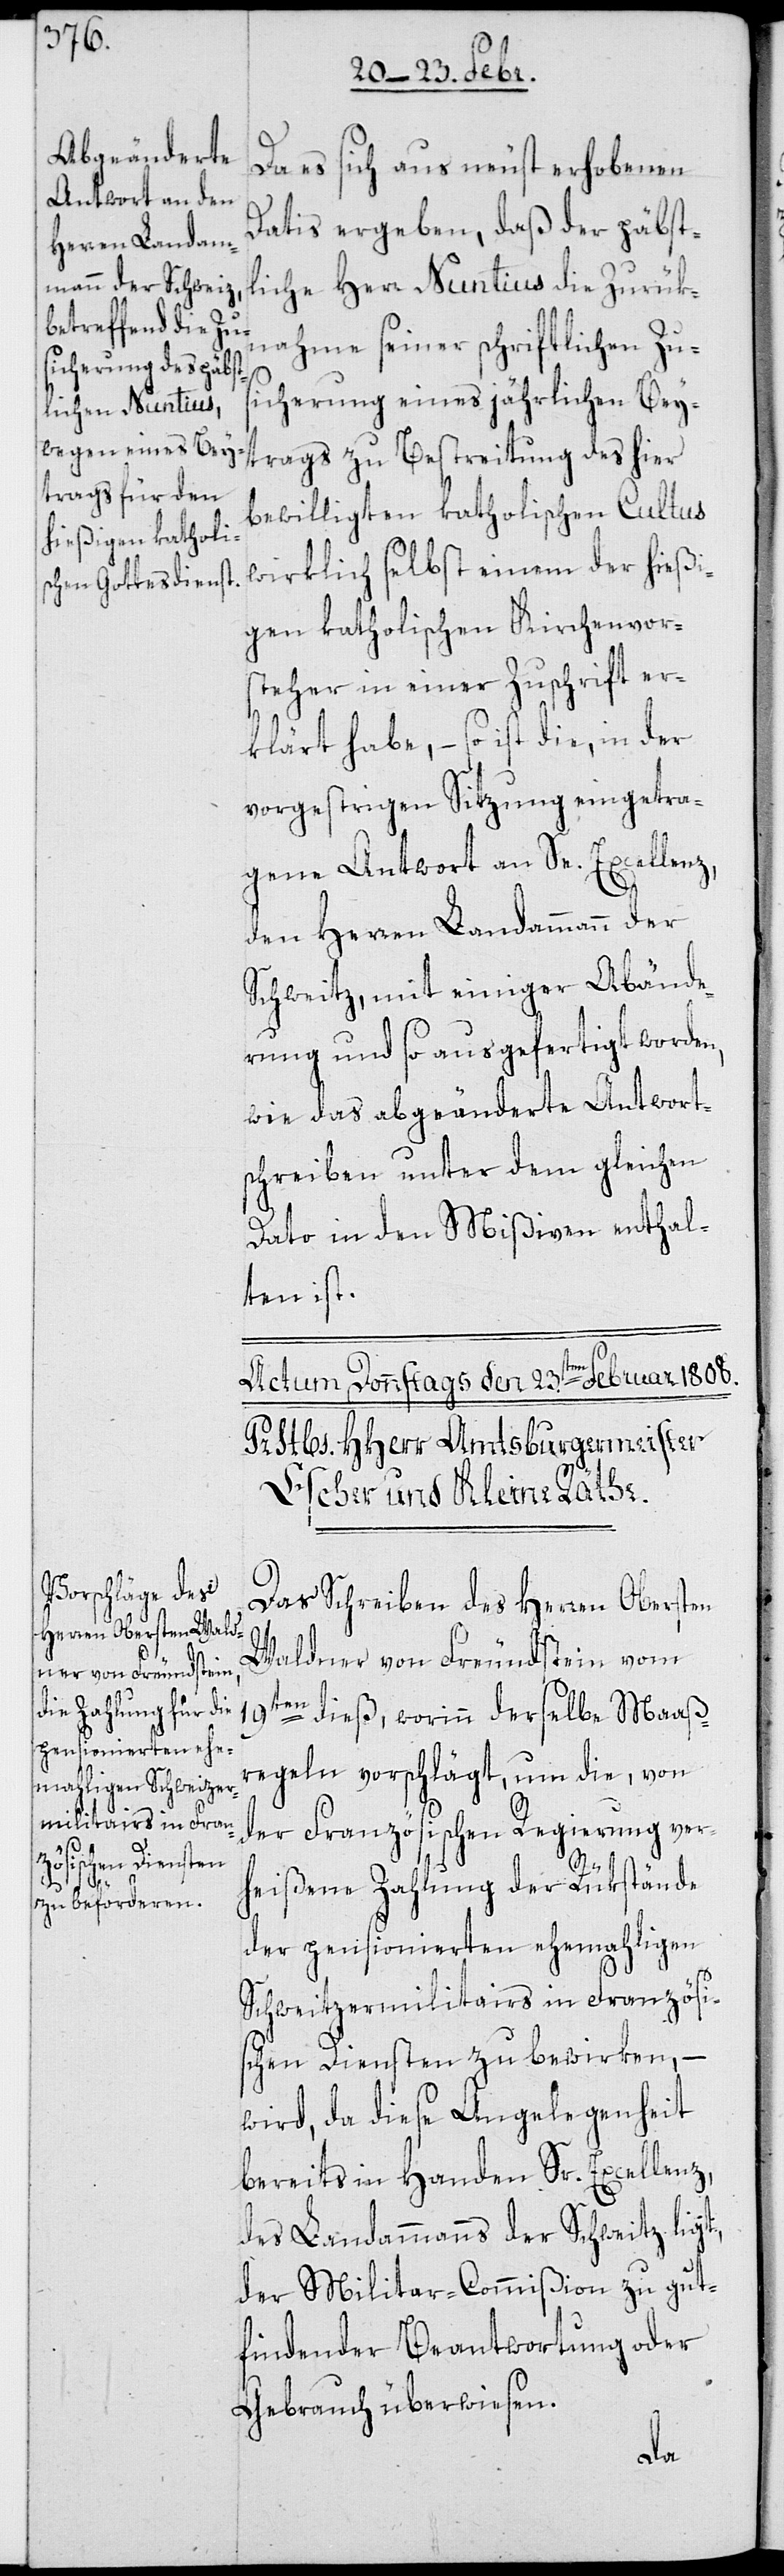
Da es sich aus neust erhobenen
Datis ergebe, daß der päbst¬
liche Herr Nuntius die Zurük¬
nahme seiner schriftlichen Zus¬
icherung eines jährlichen Bey¬
trags zu Bestreitung des hier
bewilligten katholischen Cultus
wirklich selbst einem der hießi¬
gen katholischen Kirchenvor¬
steher in einer Zuschrift er¬
klärt habe, – so ist die, in der
vorgestrigen Sitzung eingetra¬
gene Antwort an Se. Excellenz,
den Herren Landammann der
Schweitz, mit einiger Abände¬
rung und so ausgefertigt worden,
wie das abgeänderte Antwort¬
schreiben unter dem gleichen
Dato in den Mißiven enthal¬
ten ist.
Das Schreiben des Herren Obersten
Waldner von Freundstein vom
19ten dieß, worinn derselbe Maaßr¬
egeln vorschlägt, um die, von
der Französischen Regierung ver¬
heißene Zahlung der Rükstände
der pensionierten ehemahligen
Schweizermilitairs in Französi¬
schen Diensten zu bewirken, –
wird, da diese Angelegenheit
bereits in Handen Sr. Excellenz,
des Landammanns der Schweitz ligt,
der Militar-Commißion zu gut
findender Beantwortung oder
Gebrauch überwiesen.